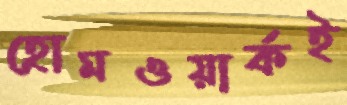
হোমওয়ার্কই